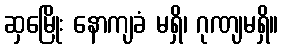
ဆှမြေိုး နောကျခံ မရှိ၊ ဂုဏျမရှိ။